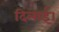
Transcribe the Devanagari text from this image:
दिलार्इ।